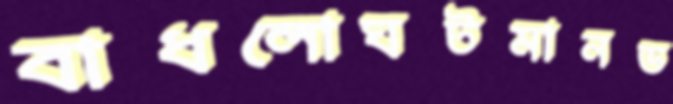
বাধলোঘটমানড